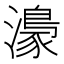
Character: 𤀴